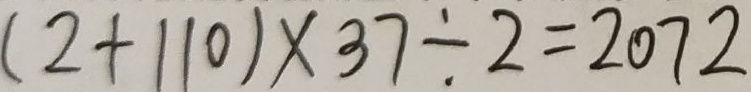
( 2 + 1 1 0 ) \times 3 7 \div 2 = 2 0 7 2